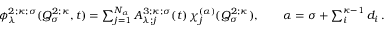
\begin{array} { r } { \phi _ { \lambda } ^ { 2 ; \kappa ; \sigma } ( Q _ { \sigma } ^ { 2 ; \kappa } , t ) = \sum _ { j = 1 } ^ { N _ { \alpha } } A _ { \lambda ; j } ^ { 3 ; \kappa ; \sigma } ( t ) \, \chi _ { j } ^ { ( \alpha ) } ( Q _ { \sigma } ^ { 2 ; \kappa } ) , \quad \quad \alpha = \sigma + \sum _ { i } ^ { \kappa - 1 } d _ { i } \, . } \end{array}